Annual report on the health of the army in India
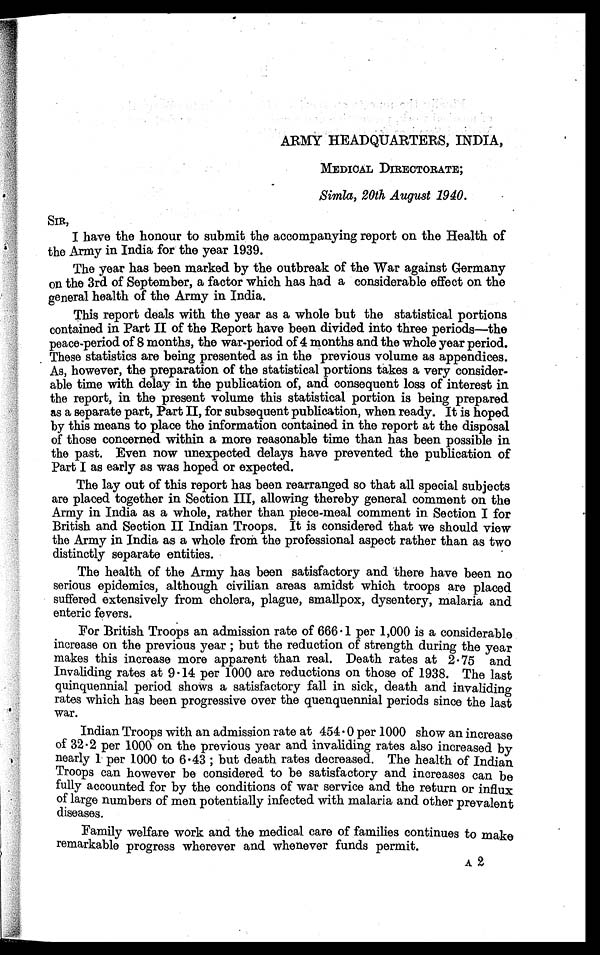
ARMY HEADQUARTERS, INDIA,
MEDICAL DIRECTORATE;
Simla, 20th August 1940.
SIR,
I have the honour to submit the accompanying report on the Health of
the Army in India for the year 1939.
The year has been marked by the outbreak of the War against Germany
on the 3rd of September, a factor which has had a considerable effect on the
general health of the Army in India.
This report deals with the year as a whole but the statistical portions
contained in Part II of the Report have been divided into three periods—the
peace-period of 8 months, the war-period of 4 months and the whole year period.
These statistics are being presented as in the previous volume as appendices.
As, however, the preparation of the statistical portions takes a very consider-
able time with delay in the publication of, and consequent loss of interest in
the report, in the present volume this statistical portion is being prepared
as a separate part, Part II, for subsequent publication, when ready. It is hoped
by this means to place the information contained in the report at the disposal
of those concerned within a more reasonable time than has been possible in
the past. Even now unexpected delays have prevented the publication of
Part I as early as was hoped or expected.
The lay out of this report has been rearranged so that all special subjects
are placed together in Section III, allowing thereby general comment on the
Army in India as a whole, rather than piece-meal comment in Section I for
British and Section II Indian Troops. It is considered that we should view
the Army in India as a whole from the professional aspect rather than as two
distinctly separate entities.
The health of the Army has been satisfactory and there have been no
serious epidemics, although civilian areas amidst which troops are placed
suffered extensively from cholera, plague, smallpox, dysentery, malaria and
enteric fevers.
For British Troops an admission rate of 666 . 1. per 1,000 is a considerable
increase on the previous year ; but the reduction of strength during the year
makes this increase more apparent than real. Death rates at 2 . 75 and
Invaliding rates at 9 . 14 per 1000 are reductions on those of 1938. The last
quinquennial period shows a satisfactory fall in sick, death and invaliding
rates which has been progressive over the quenquennial periods since the last
war.
Indian Troops with an admission rate at 454.0 per 1000 show an increase
of 32 . 2 per 1000 on the previous year and invaliding rates also increased by
nearly 1 per 1000 to 6 . 43 ; but death rates decreased. The health of Indian
Troops can however be considered to be satisfactory and increases can be
fully accounted for by the conditions of war service and the return or influx
of large numbers of men potentially infected with malaria and other prevalent
diseases.
Family welfare work and the medical care of families continues to make
remarkable progress wherever and whenever funds permit.
A2